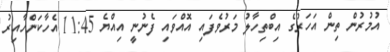
އުމުރުން ތިން އަހަރުގެ އިބްތިހާލު މަރުވެފައި އޮއްވައި ފެނުނީ އިއްޔެ 11:45 އެހާކަންހާއިރު